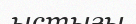
ыстығы